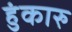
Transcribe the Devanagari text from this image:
हुंकारु